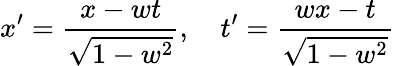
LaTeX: x^{\prime}={\frac{x-wt}{\sqrt{1-w^{2}}}},\quad t^{\prime}={\frac{wx-t}{\sqrt{1-w^{2}}}}